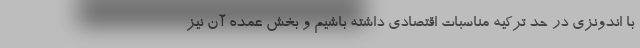
با اندونزی در حد ترکیه مناسبات اقتصادی داشته باشیم و بخش عمده آن نیز